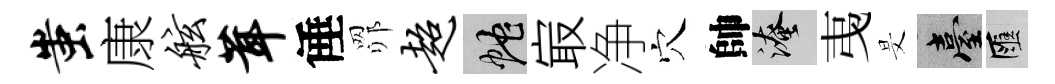
蚩康舷茸倕𦊑超蛇㝡净穴帥淹𢎯旻臺匯